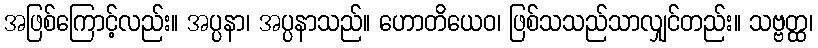
အဖြစ်ကြောင့်လည်း။ အပ္ပနာ၊ အပ္ပနာသည်။ ဟောတိယေဝ၊ ဖြစ်သသည်သာလျှင်တည်း။ သဗ္ဗတ္ထ၊